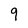
Character: 9